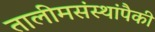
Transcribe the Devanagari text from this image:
तालीमसंस्थांपैकी